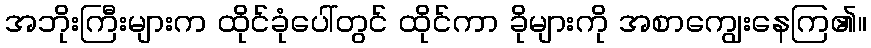
အဘိုးကြီးများက ထိုင်ခုံပေါ်တွင် ထိုင်ကာ ခိုများကို အစာကျွေးနေကြ၏။